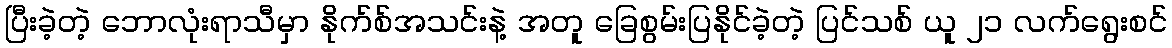
ပြီးခဲ့တဲ့ ဘောလုံးရာသီမှာ နိုက်စ်အသင်းနဲ့ အတူ ခြေစွမ်းပြနိုင်ခဲ့တဲ့ ပြင်သစ် ယူ ၂၁ လက်ရွေးစင်